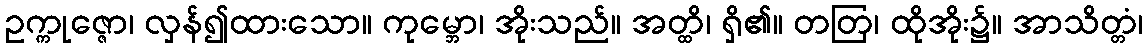
ဥက္ကုဇ္ဇော၊ လှန်၍ထားသော။ ကုမ္ဘော၊ အိုးသည်။ အတ္ထိ၊ ရှိ၏။ တတြ၊ ထိုအိုး၌။ အာသိတ္တံ၊